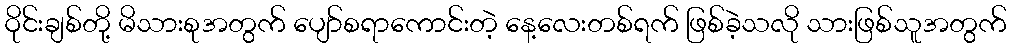
ဝိုင်းချစ်တို့ မိသားစုအတွက် ပျော်စရာကောင်းတဲ့ နေ့လေးတစ်ရက် ဖြစ်ခဲ့သလို သားဖြစ်သူအတွက်